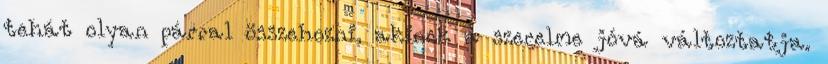
tehát olyan párral összehozni, akinek a szerelme jóvá változtatja.